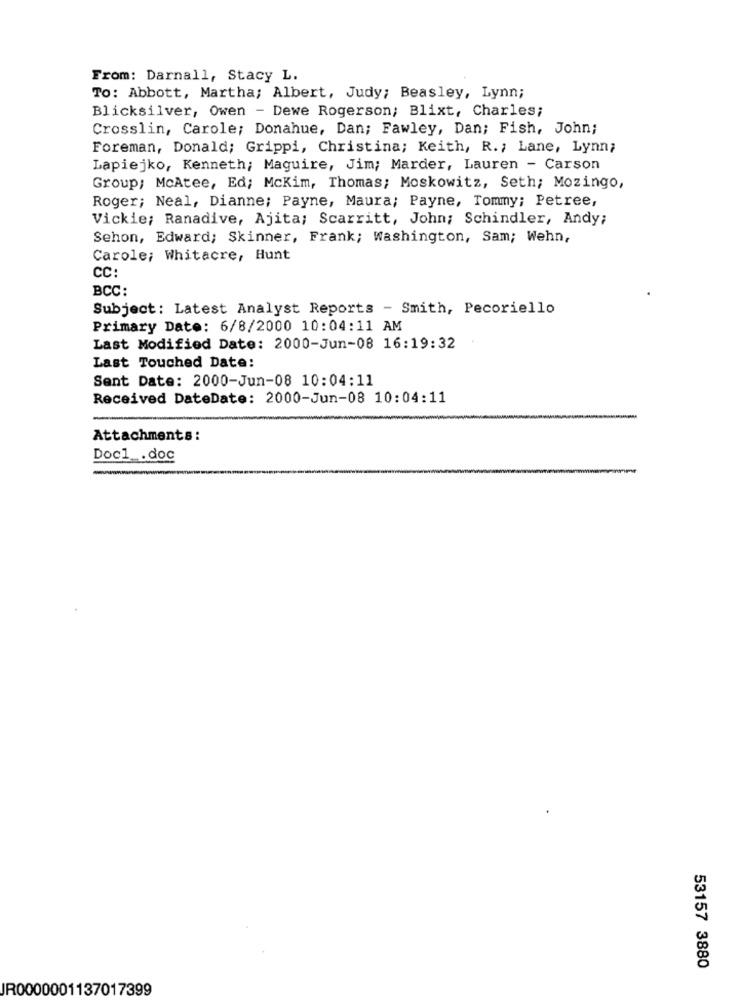
From: Darnall, Stacy L.
To: Abbott, Martha; Albert, Judy; Beasley, Lynn;
Blicksilver, Owen - Dewe Rogerson; Blixt, Charles;
Crosslin, Carole; Donahue, Dan; Fawley, Dan; Fish, John;
Foreman, Donald; Grippi, Christina; Keith, R .; Lane, Lynn;
Lapiejko, Kenneth; Maguire, Jim; Marder, Lauren - Carson
Group; McAtee, Ed; McKim, Thomas; Moskowitz, Seth; Mozingo,
Roger; Neal, Dianne; Payne, Maura; Payne, Tommy; Petree,
Vickie; Ranadive, Ajita; Scarritt, John; Schindler, Andy;
Sehon, Edward; Skinner, Frank; Washington, Sam; Wehn,
Carole; Whitacre, Hunt
CC:
BCC:
Subject: Latest Analyst Reports - Smith, Pecoriello
Primary Date: 6/8/2000 10:04:11 AM
Last Modified Date: 2000-Jun-08 16:19:32
Last Touched Date:
Sent Date: 2000-Jun-08 10:04:11
Received DateDate: 2000-Jun-08 10:04:11
Attachments:
Docl _. doc
53157 3880
JR0000001137017399